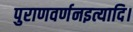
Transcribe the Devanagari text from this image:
पुराणवर्णनइत्यादि।